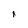
Character: 1